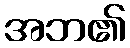
အဘ၏